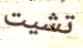
تشيت